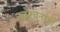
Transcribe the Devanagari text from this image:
नवरचनाओं